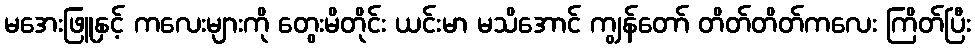
မအေးဖြူနှင့် ကလေးများကို တွေးမိတိုင်း ယင်းမာ မသိအောင် ကျွန်တော် တိတ်တိတ်ကလေး ကြိတ်ပြီး